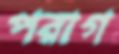
পরাগ